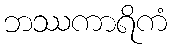
ဘဿကာရိကံ